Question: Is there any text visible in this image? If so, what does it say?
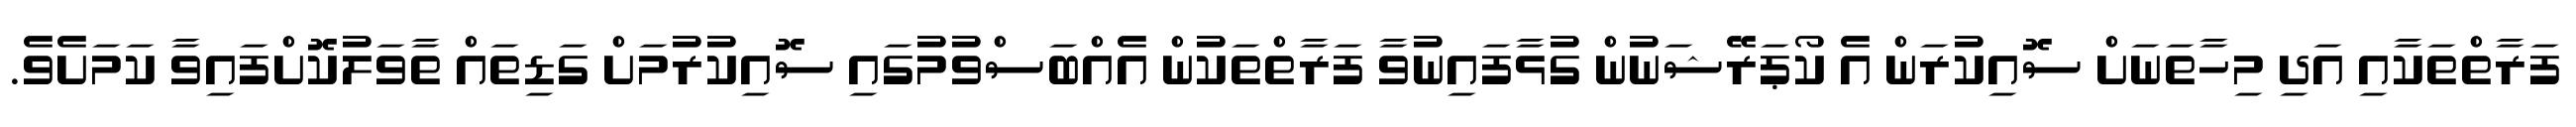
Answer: ފަރާތްތަކާއި އަދި މިހާތަނަށް ސޮއިކުރަން އެ ކޯޕަރޭޝަނުން ގުޅާފައިނުވާ ފަރާތްތަކުން އެއްބަސްވުމުގައި ސޮއިކުރުމަށް ގަޑިތައް ތާވަލުކޮށްފައިވާ ކަމަށެވެ.